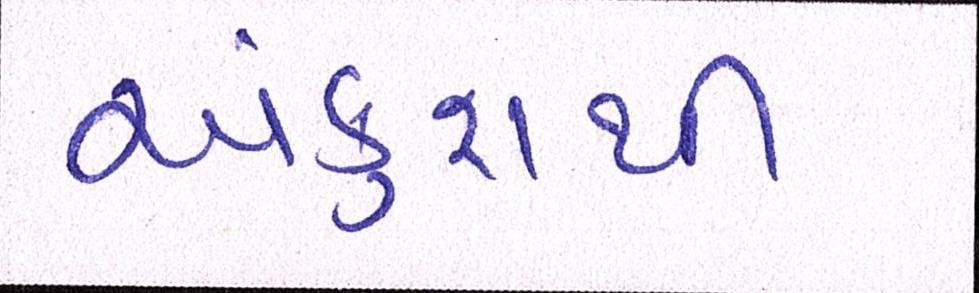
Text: અંકુશથી